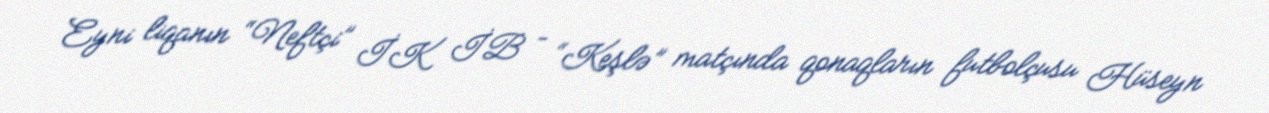
Eyni liqanın “Neftçi” İK İB – “Keşlə” matçında qonaqların futbolçusu Hüseyn